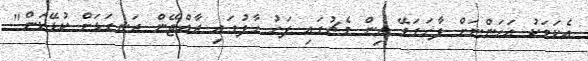
އެކަމަކު އަހަންނަށް ފާހަގަވޭ ތިން މެޗުގައި ފަހު ހާފުގައި ރާއްޖޭން ރަނގަޅަށް ކުޅޭކަން"